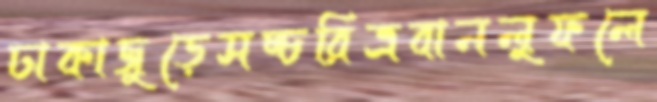
ঢাকাজুড়েসচ্চরিত্রবানলুফলে